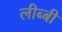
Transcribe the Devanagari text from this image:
लीब्बी